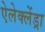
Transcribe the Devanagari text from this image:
ऐलेक्लेंड्रा